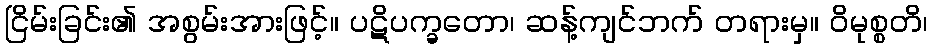
ငြိမ်းခြင်း၏ အစွမ်းအားဖြင့်။ ပဋိပက္ခတော၊ ဆန့်ကျင်ဘက် တရားမှ။ ဝိမုစ္စတိ၊